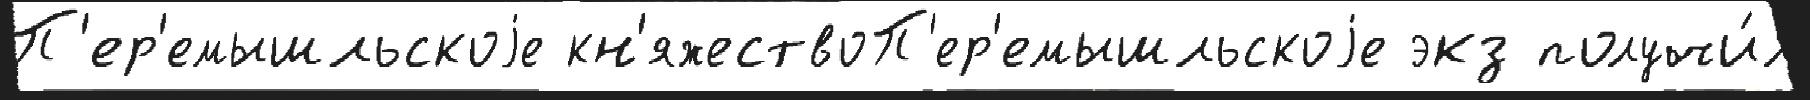
П'ер'емышльскоjе кн'яжествоП'ер'емышльскоjе экз получи́л